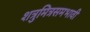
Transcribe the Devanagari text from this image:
शत्रुमित्रसमभावी